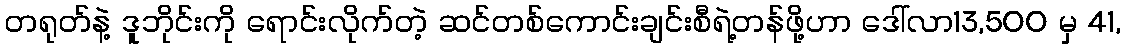
တရုတ်နဲ့ ဒူဘိုင်းကို ရောင်းလိုက်တဲ့ ဆင်တစ်ကောင်းချင်းစီရဲ့တန်ဖို့ဟာ ဒေါ်လာ13,500 မှ 41,